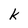
Character: k